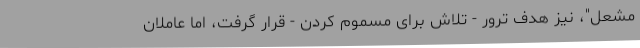
مشعل"، نیز هدف ترور - تلاش برای مسموم کردن - قرار گرفت، اما عاملان